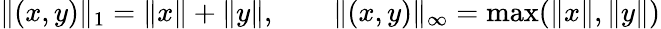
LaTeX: \| (x,y)\| _{1}=\| x\| +\| y\| ,\qquad\| (x,y)\| _{\infty}=\operatorname*{max}(\| x\| ,\| y\| )